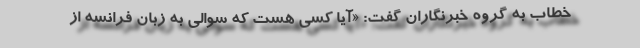
خطاب به گروه خبرنگاران گفت: «آیا کسی هست که سوالی به زبان فرانسه از